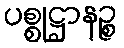
ပစ္စုဋ္ဌာနဉ္စ